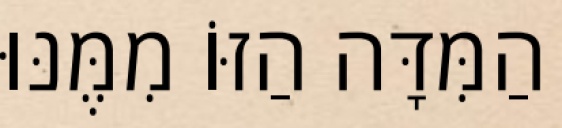
הַמִּדָּה הַזּוֹ מִמֶּנּוּ